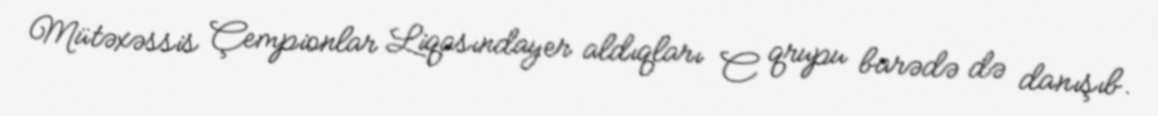
Mütəxəssis Çempionlar Liqasındayer aldıqları C qrupu barədə də danışıb.